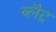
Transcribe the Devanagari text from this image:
ब्लैट्र